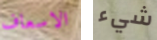
الاسعاف شيء